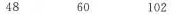
48 60 102